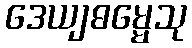
ဒေယျဓမ္မေသု